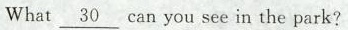
What \underline{30} can you see in the park?